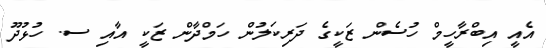
އެއީ އިބްރާހީމް ހުސެން ޒަކީގެ ދަރިކަލުން ހަމްދާން ޒަކީ އާއި ސ. ހުޅުދޫ